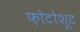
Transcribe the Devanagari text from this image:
फ़ोटोशूट